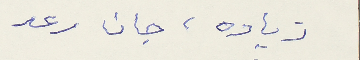
زياده، جان رعد